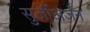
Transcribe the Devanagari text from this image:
सुर्जीअर्जन